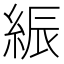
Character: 𦁄